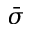
\bar { \sigma }